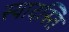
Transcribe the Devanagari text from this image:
स्यादस्ति